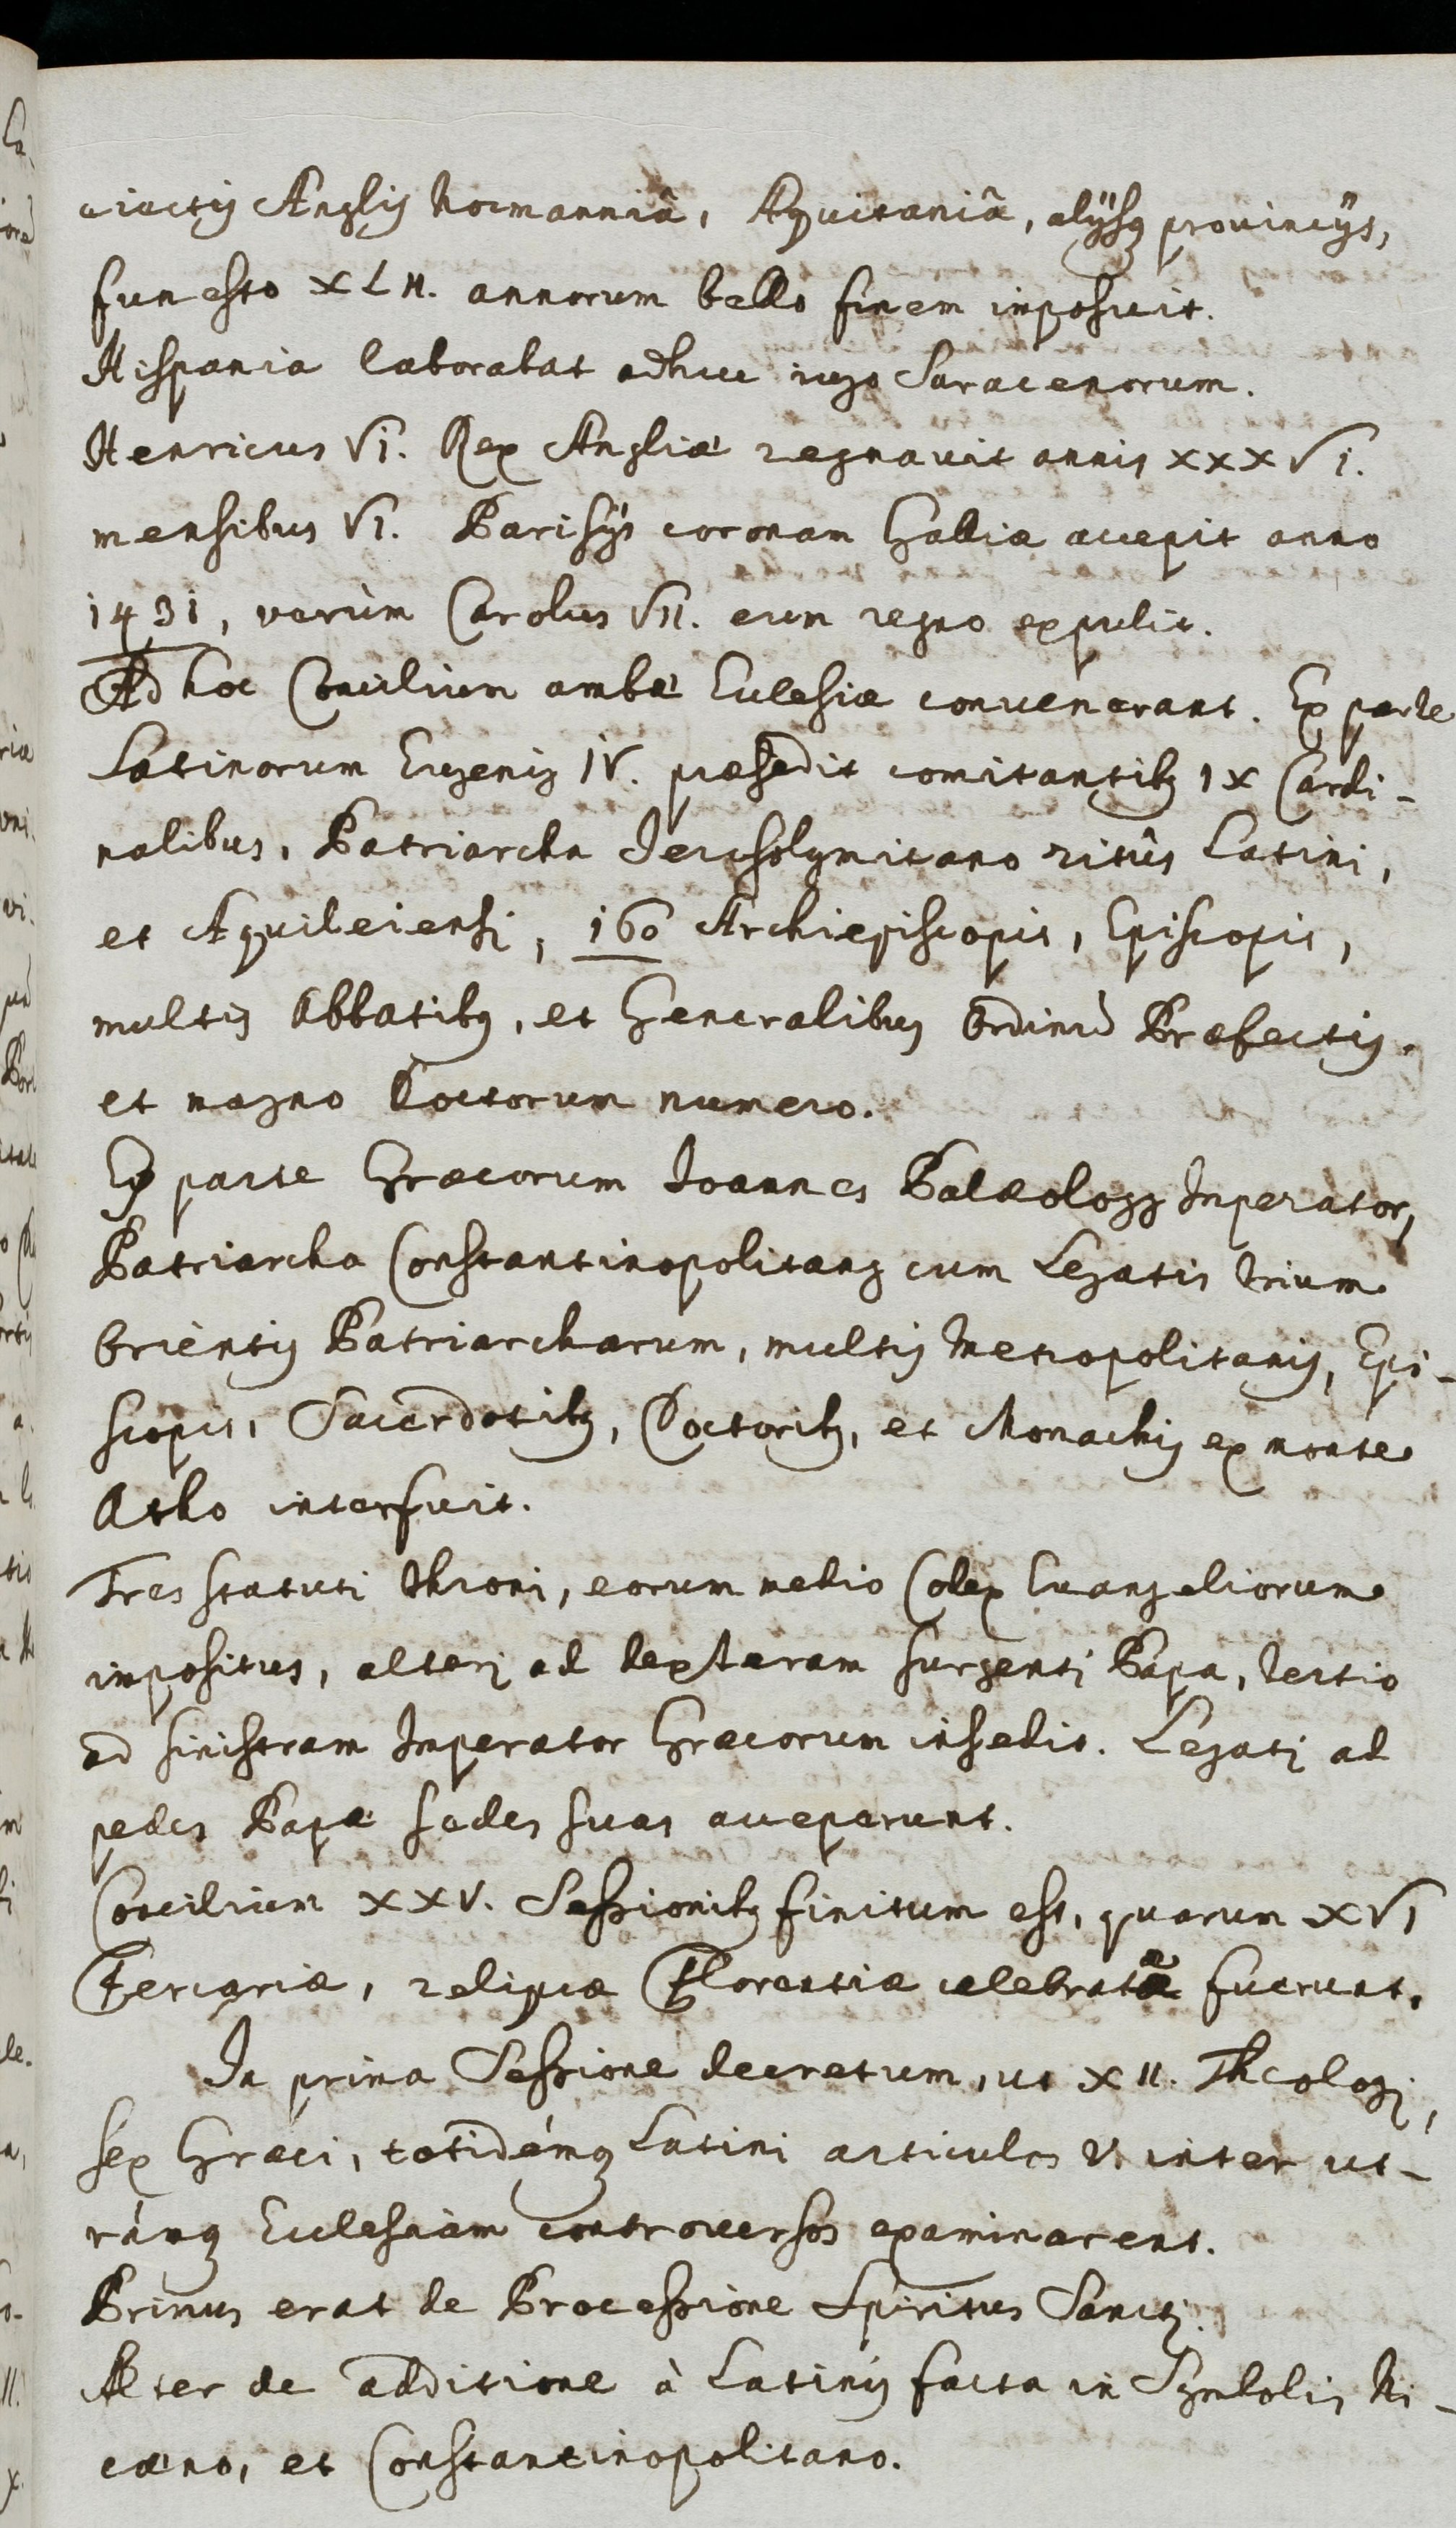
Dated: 1600–1699